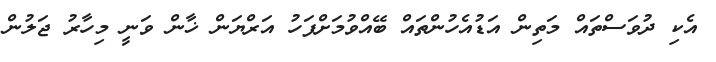
އެކި ދުވަސްތައް މަތިން އަޑުއެހުންތައް ބޭއްވުމަށްފަހު އަރްޔަން ޚާން ވަނީ މިހާރު ޖަލުން